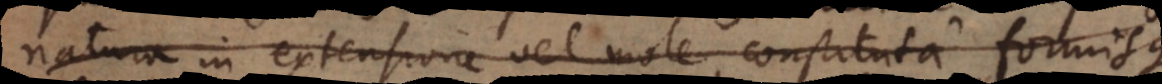
natura in extensione vel mole constituta formisque